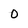
Character: 0